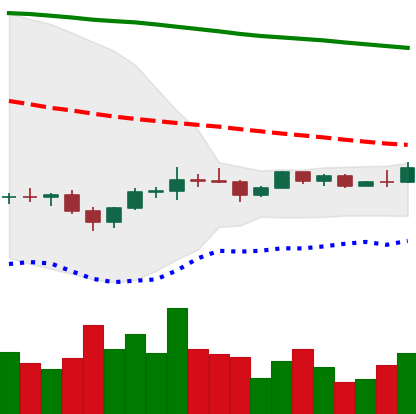
Ticker: EOS-USD
Chart end date: 2022-12-06
Forward return: 4.668%
Label: up_3_5